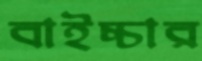
বাইচ্চার